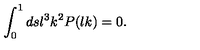
\int _ { 0 } ^ { 1 } d s \l ^ { 3 } k ^ { 2 } P ( \l k ) = 0 .